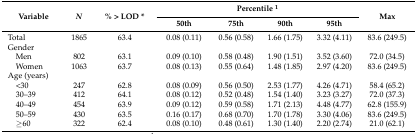
<table><thead><tr><td rowspan="2"><b>Variable</b></td><td rowspan="2"><b><i>N</i></b></td><td rowspan="2"><b>% &gt; LOD *</b></td><td colspan="5"><b>Percentile <sup>1</sup></b></td><td rowspan="2"><b>Max</b></td></tr><tr><td colspan="2"><b>50th</b></td><td><b>75th</b></td><td><b>90th</b></td><td><b>95th</b></td></tr></thead><tbody><tr><td>Total</td><td>1865</td><td>63.4</td><td colspan="2">0.08 (0.11)</td><td>0.56 (0.58)</td><td>1.66 (1.75)</td><td>3.32 (4.11)</td><td>83.6 (249.5)</td></tr><tr><td>Gender</td><td></td><td></td><td></td><td></td><td></td><td></td><td></td><td></td></tr><tr><td> Men</td><td>802</td><td>63.1</td><td colspan="2">0.09 (0.10)</td><td>0.58 (0.48)</td><td>1.90 (1.51)</td><td>3.52 (3.60)</td><td>72.0 (34.5)</td></tr><tr><td> Women</td><td>1063</td><td>63.7</td><td colspan="2">0.08 (0.13)</td><td>0.55 (0.64)</td><td>1.48 (1.85)</td><td>2.97 (4.20)</td><td>83.6 (249.5)</td></tr><tr><td>Age (years)</td><td></td><td></td><td></td><td></td><td></td><td></td><td></td><td></td></tr><tr><td> &lt;30</td><td>247</td><td>62.8</td><td colspan="2">0.08 (0.09)</td><td>0.56 (0.50)</td><td>2.53 (1.77)</td><td>4.26 (4.71)</td><td>58.4 (65.2)</td></tr><tr><td> 30–39</td><td>412</td><td>64.1</td><td colspan="2">0.08 (0.12)</td><td>0.52 (0.48)</td><td>1.54 (1.40)</td><td>3.23 (3.27)</td><td>72.0 (37.3)</td></tr><tr><td> 40–49</td><td>454</td><td>63.9</td><td colspan="2">0.09 (0.12)</td><td>0.59 (0.58)</td><td>1.71 (2.13)</td><td>4.48 (4.77)</td><td>62.8 (155.9)</td></tr><tr><td> 50–59</td><td>430</td><td>63.5</td><td colspan="2">0.16 (0.17)</td><td>0.68 (0.70)</td><td>1.70 (1.78)</td><td>3.30 (4.06)</td><td>83.6 (249.5)</td></tr><tr><td> ≥60</td><td>322</td><td>62.4</td><td colspan="2">0.08 (0.10)</td><td>0.48 (0.61)</td><td>1.30 (1.40)</td><td>2.20 (2.74)</td><td>21.0 (62.1)</td></tr></tbody></table>